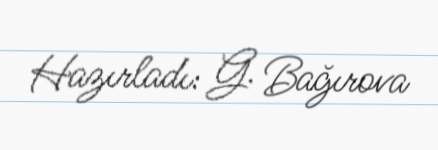
Hazırladı: G. Bağırova